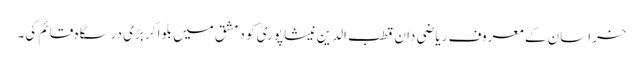
خراسان کے معروف ریاضی دان قطب الدین نیشا پوریؒ کو دمشق میں بلوا کر بڑی درسگاہ قائم کی۔